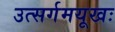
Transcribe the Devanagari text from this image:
उत्सर्गमयूखः